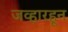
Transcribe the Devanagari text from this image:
जव्हारहून